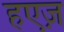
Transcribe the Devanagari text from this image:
हएज़